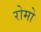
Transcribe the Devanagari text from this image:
रोमो